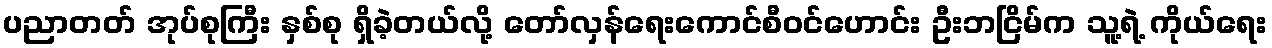
ပညာတတ် အုပ်စုကြီး နှစ်စု ရှိခဲ့တယ်လို့ တော်လှန်ရေးကောင်စီဝင်ဟောင်း ဦးဘငြိမ်က သူ့ရဲ့ ကိုယ်ရေး